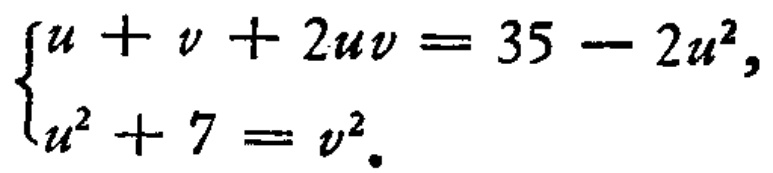
$\left\{\begin{array}{l}u + \nu+2u\nu = 35 - 2u^{2},\\u^{2}+7 = \nu^{2}.\end{array}\right.$